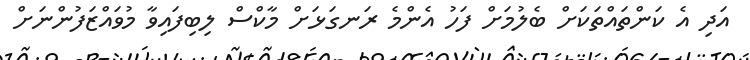
އަދި އެ ކަންތައްތަކަށް ބެލުމަށް ފަހު އެންމެ ރަނގަޅަށް މާކްސް ލިބިފައިވާ މުވައްޒަފުންނަށް